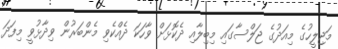
މަޖިލީހުގެ މިއަދުގެ ޖަލްސާގައި މިބިލާއި ދެކޮޅަށް ވާހަކަ ދެއްކެވި މެންބަރުން ވިދާޅުވީ މިފަދަ